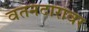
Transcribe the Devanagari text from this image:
वतनदारावर